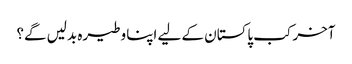
آخر کب پاکستان کے لیے اپنا وطیرہ بدلیں گے؟